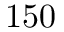
1 5 0